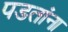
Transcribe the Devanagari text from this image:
पडतांना